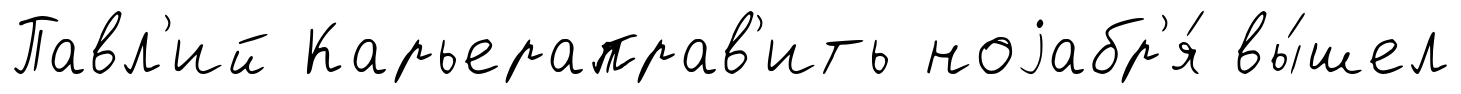
Павл'ий Карьераправ'ить ноjабр'я́ вы́шел